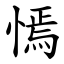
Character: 㥼